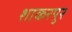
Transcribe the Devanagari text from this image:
शाकरपुर